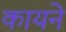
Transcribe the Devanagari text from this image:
कायने